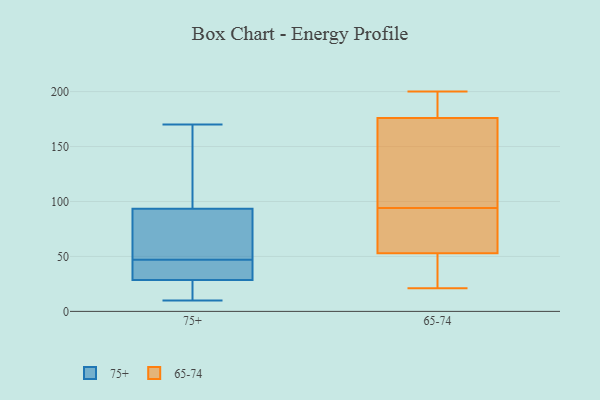
{"axis": {"x": "Website Visitors", "y": "Value"}, "legend": ["65-74", "75+"], "data": [{"x": "", "y": 24, "type": "75+"}, {"x": "", "y": 31, "type": "75+"}, {"x": "", "y": 98, "type": "75+"}, {"x": "", "y": 27, "type": "75+"}, {"x": "", "y": 30, "type": "75+"}, {"x": "", "y": 170, "type": "75+"}, {"x": "", "y": 110, "type": "75+"}, {"x": "", "y": 89, "type": "75+"}, {"x": "", "y": 125, "type": "75+"}, {"x": "", "y": 56, "type": "75+"}, {"x": "", "y": 38, "type": "75+"}, {"x": "", "y": 80, "type": "75+"}, {"x": "", "y": 10, "type": "75+"}, {"x": "", "y": 17, "type": "75+"}, {"x": "", "y": 67, "type": "75+"}, {"x": "", "y": 33, "type": "75+"}, {"x": "", "y": 116, "type": "65-74"}, {"x": "", "y": 63, "type": "65-74"}, {"x": "", "y": 53, "type": "65-74"}, {"x": "", "y": 190, "type": "65-74"}, {"x": "", "y": 184, "type": "65-74"}, {"x": "", "y": 200, "type": "65-74"}, {"x": "", "y": 53, "type": "65-74"}, {"x": "", "y": 126, "type": "65-74"}, {"x": "", "y": 82, "type": "65-74"}, {"x": "", "y": 42, "type": "65-74"}, {"x": "", "y": 156, "type": "65-74"}, {"x": "", "y": 92, "type": "65-74"}, {"x": "", "y": 96, "type": "65-74"}, {"x": "", "y": 21, "type": "65-74"}, {"x": "", "y": 90, "type": "65-74"}, {"x": "", "y": 24, "type": "65-74"}, {"x": "", "y": 177, "type": "65-74"}, {"x": "", "y": 176, "type": "65-74"}]}